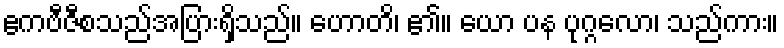
ဧကဗီဇီစသည်အပြားရှိသည်။ ဟောတိ၊ ၏။ ယော ပန ပုဂ္ဂလော၊ သည်ကား။